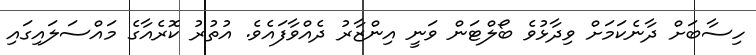
ހިސާބަށް ދާނެކަމަށް ވިދާޅުވެ ބޯލްޓަން ވަނީ އިންޒާރު ދެއްވާފައެވެ. އުތުރު ކޮރެއާގެ މައްސަލައިގައި